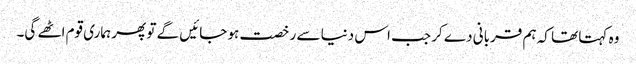
وہ کہتا تھا کہ ہم قربانی دے کر جب اس دنیا سے رخصت ہو جائیں گے تو پھر ہماری قوم اٹھے گی۔